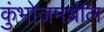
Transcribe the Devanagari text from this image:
कुंभोजमधील